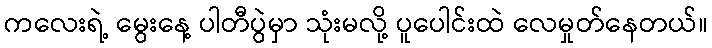
ကလေးရဲ့ မွေးနေ့ ပါတီပွဲမှာ သုံးမလို့ ပူပေါင်းထဲ လေမှုတ်နေတယ်။